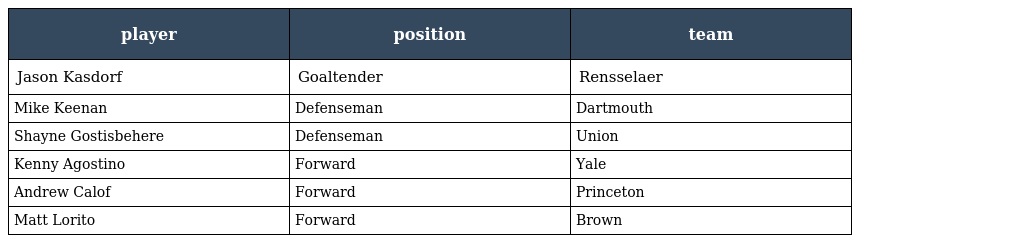
| player | position | team |
 | --- | --- | --- |
 | Jason Kasdorf | Goaltender | Rensselaer |
 | Mike Keenan | Defenseman | Dartmouth |
 | Shayne Gostisbehere | Defenseman | Union |
 | Kenny Agostino | Forward | Yale |
 | Andrew Calof | Forward | Princeton |
 | Matt Lorito | Forward | Brown |